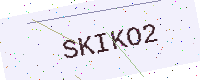
Text: SKIKO2